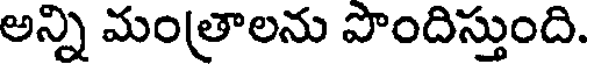
అన్ని మంత్రాలను పొందిస్తుంది.